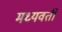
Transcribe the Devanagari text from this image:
मध्‍यवर्ती